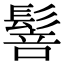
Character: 䯽